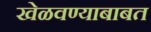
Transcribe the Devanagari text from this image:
खेळवण्याबाबत